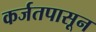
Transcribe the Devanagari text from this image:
कर्जतपासून